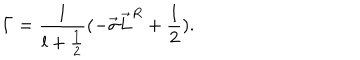
LaTeX: { \Gamma } = \frac { 1 } { l + \frac { 1 } { 2 } } ( - \vec { \sigma } \vec { L } ^ { R } + \frac { 1 } { 2 } ) .